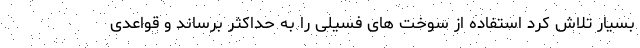
بسیار تلاش کرد استفاده از سوخت های فسیلی را به حداکثر برساند و قواعدی